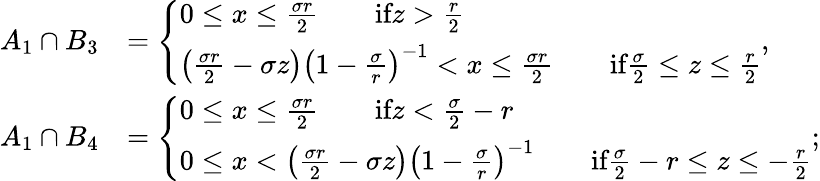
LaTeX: \begin{array}{rl}{A_{1}\cap B_{3}}&{=\left\{ \begin{array}{ll}{0\leq x\leq\frac{\sigma r}{2}\qquad\textrm{if}z>\frac{r}{2}}\\ {\left(\frac{\sigma r}{2}-\sigma z\right)\left(1-\frac{\sigma}{r}\right)^{-1}<x\leq\frac{\sigma r}{2}\qquad\textrm{if}\frac{\sigma}{2}\leq z\leq\frac{r}{2}}\end{array}\right.,}\\ {A_{1}\cap B_{4}}&{=\left\{ \begin{array}{ll}{0\leq x\leq\frac{\sigma r}{2}\qquad\textrm{if}z<\frac{\sigma}{2}-r}\\ {0\leq x<\left(\frac{\sigma r}{2}-\sigma z\right)\left(1-\frac{\sigma}{r}\right)^{-1}\qquad\textrm{if}\frac{\sigma}{2}-r\leq z\leq-\frac{r}{2}}\end{array}\right.;}\end{array}